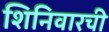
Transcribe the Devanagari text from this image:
शिनिवारची